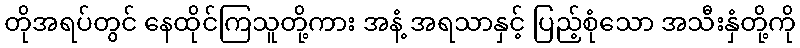
တိုအရပ်တွင် နေထိုင်ကြသူတို့ကား အနံ့ အရသာနှင့် ပြည့်စုံသော အသီးနှံတို့ကို